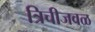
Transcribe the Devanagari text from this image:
त्रिचीजवळ